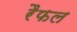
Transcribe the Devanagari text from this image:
रैफल